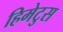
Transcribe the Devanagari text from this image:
हिमेटुस